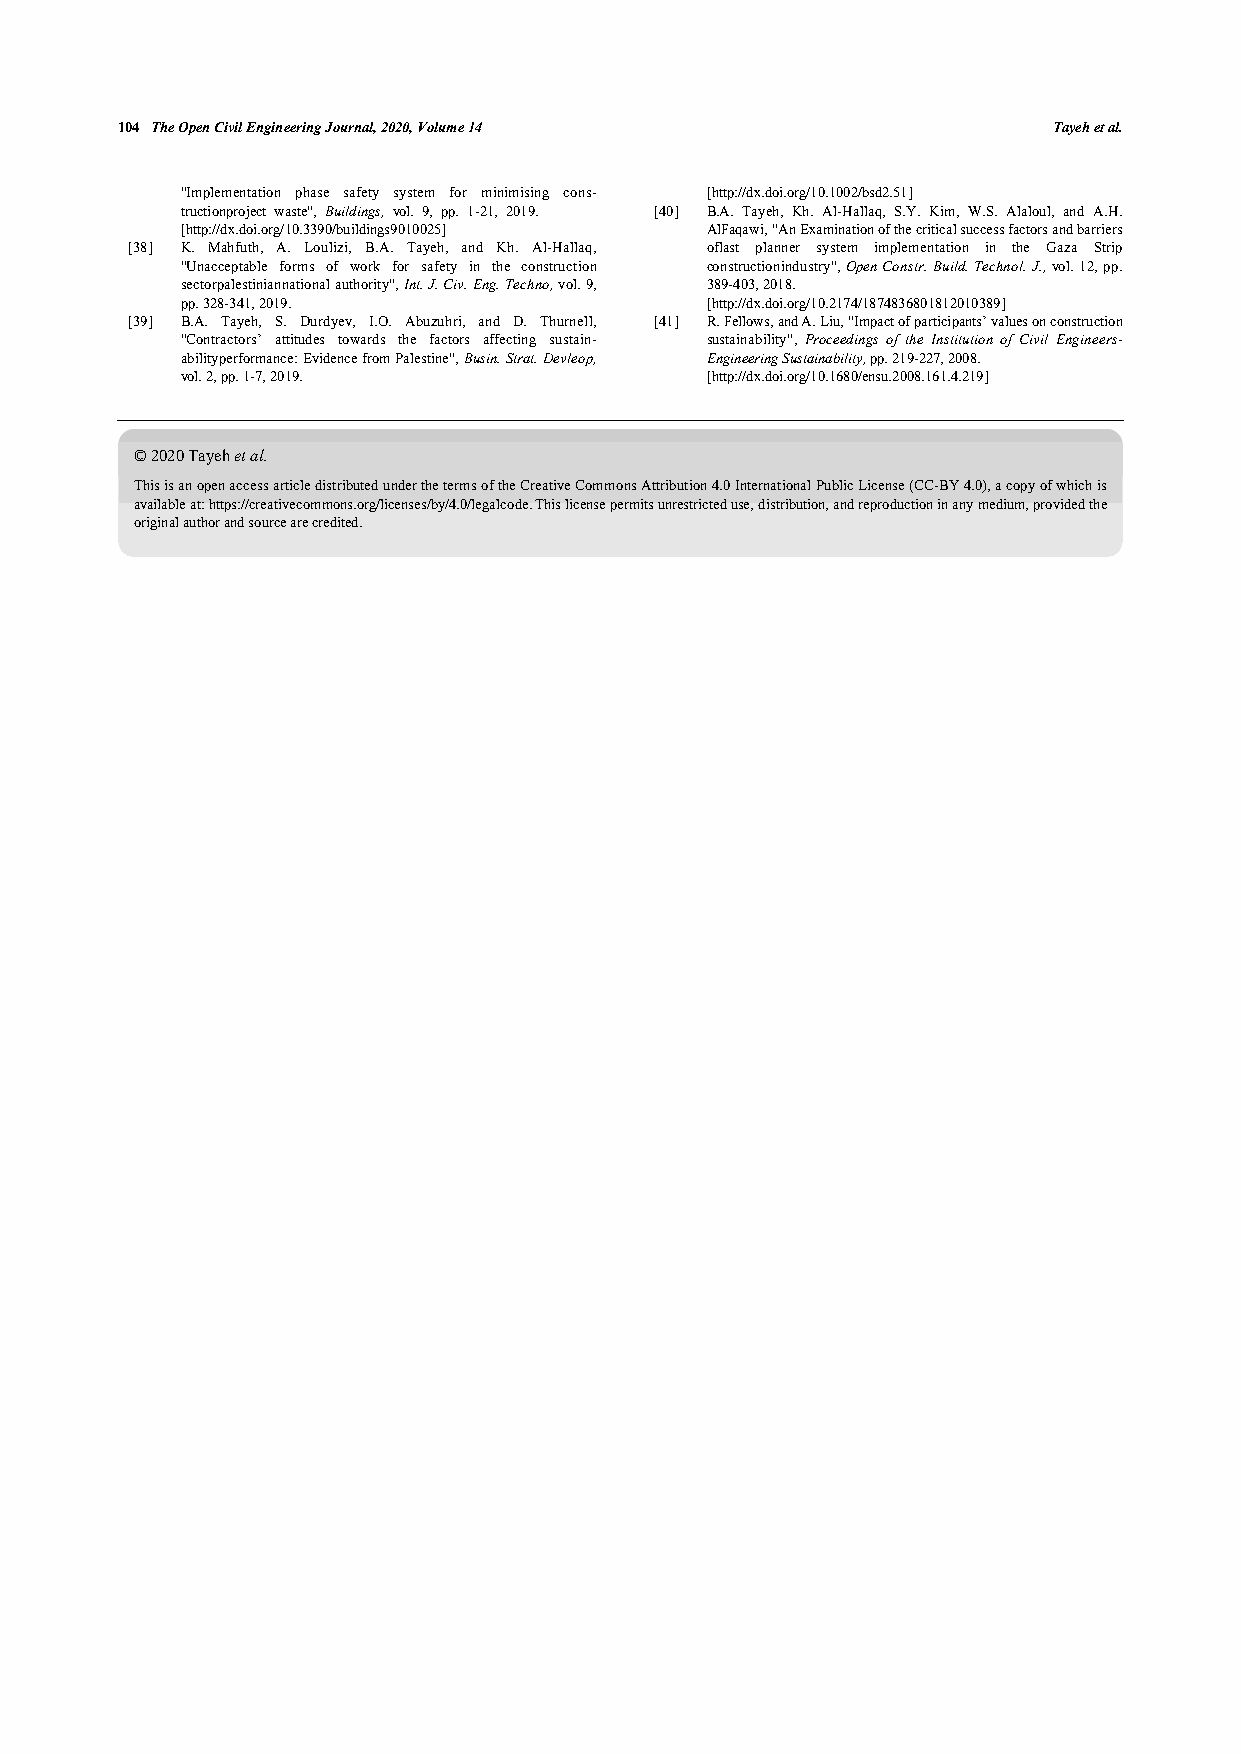
104 The Open Civil Engineering Journal, 2020, Volume 14       Tayeh et al.
 "Implementation phase safety system for minimising cons- [http://dx.doi.org/10.1002/bsd2.51]
 tructionproject waste", Buildings, vol. 9, pp. 1-21, 2019. [40] B.A. Tayeh, Kh. Al-Hallaq, S.Y. Kim, W.S. Alaloul, and A.H.
 [http://dx.doi.org/10.3390/buildings9010025] AlFaqawi, "An Examination of the critical success factors and barriers
 [38] K. Mahfuth, A. Loulizi, B.A. Tayeh, and Kh. Al-Hallaq, oflast planner system implementation in the Gaza Strip
 "Unacceptable forms of work for safety in the construction constructionindustry", Open Constr. Build. Technol. J., vol. 12, pp.
 sectorpalestiniannational authority", Int. J. Civ. Eng. Techno, vol. 9, 389-403, 2018.
 pp. 328-341, 2019.                 [http://dx.doi.org/10.2174/1874836801812010389]
 [39] B.A. Tayeh, S. Durdyev, I.O. Abuzuhri, and D. Thurnell, [41] R. Fellows, and A. Liu, "Impact of participants’ values on construction
 "Contractors’ attitudes towards the factors affecting sustain- sustainability", Proceedings of the Institution of Civil Engineers-
 abilityperformance: Evidence from Palestine", Busin. Strat. Devleop, Engineering Sustainability, pp. 219-227, 2008.
 vol. 2, pp. 1-7, 2019.             [http://dx.doi.org/10.1680/ensu.2008.161.4.219]
 © 2020 Tayeh et al.
 This is an open access article distributed under the terms of the Creative Commons Attribution 4.0 International Public License (CC-BY 4.0), a copy of which is
 available at: https://creativecommons.org/licenses/by/4.0/legalcode. This license permits unrestricted use, distribution, and reproduction in any medium, provided the
 original author and source are credited.